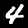
Digit: 4